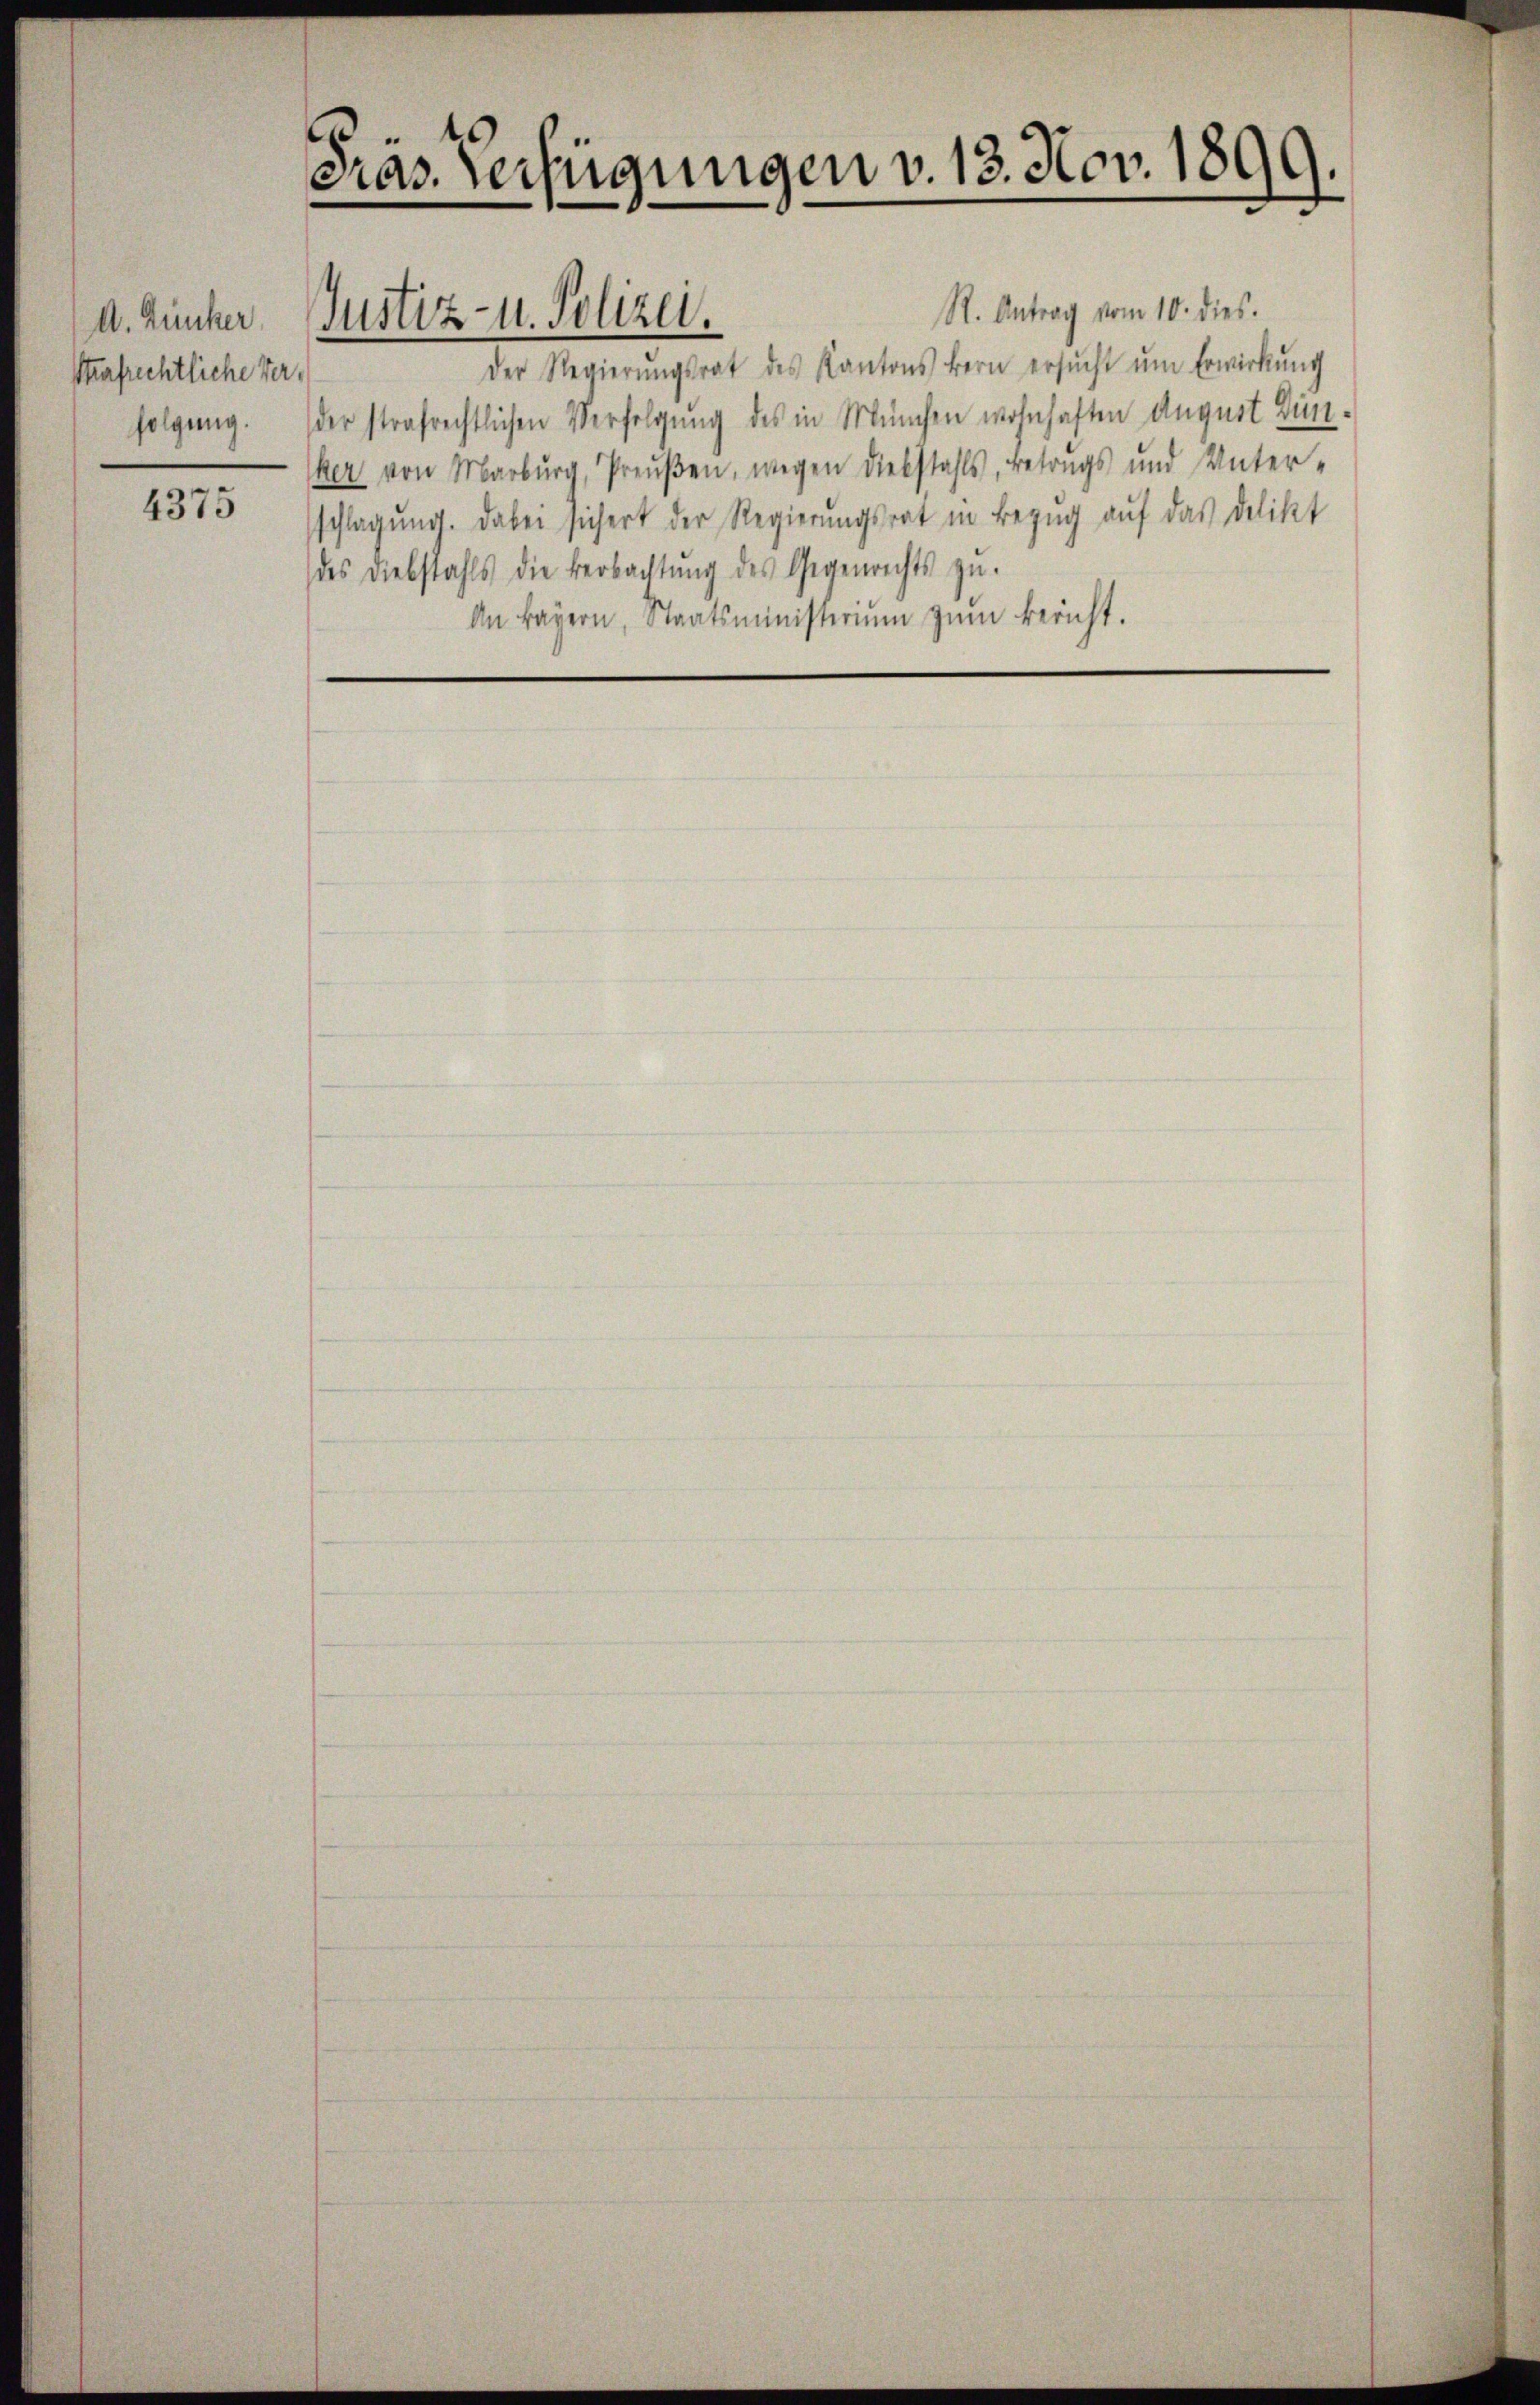
A. Zucker
Strafrechtliche Verfolgung.

4375

2
cias Verfügungen v. 13. Nov. 1890.
d

Justiz- u. Polizei.

R. Antrag vom 10. dies.
Der Regierŭngsrat des Kantons Bern ersŭcht ŭm Erwirkung
der strafrechtlichen Verfolgung des in München wohnhaften August Bünker von Marburg, Preŭβen, wegen Diebstahls, betrags und Unterschlagung. Dabei sichert der Regierungsrat in Bezug auf das Delikt
des Diebstahls die Beobachtŭng des Gegenrechts zŭ
An Bayern, Staatsministeriŭm zŭm Bericht.